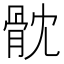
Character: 𩨥